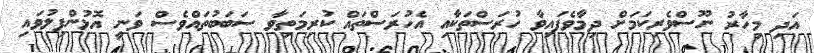
އަދި މިހާރު ނޫސްވެރިކަމަށް ދިމާވެފައިވާ ހުރަސްތަކާއި އެހުރަސްތައް ކުރިމަތިވާ ސަބަބުތައްވެސް ވަނީ އޮޅުންފިލުވައި